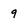
Character: 9